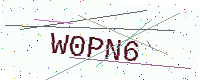
Text: W0PN6